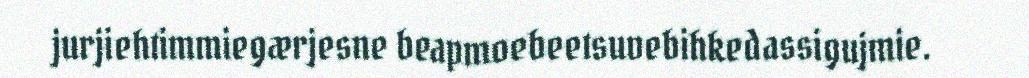
jurjiehtimmiegærjesne beapmoebeetsuvebihkedassigujmie.